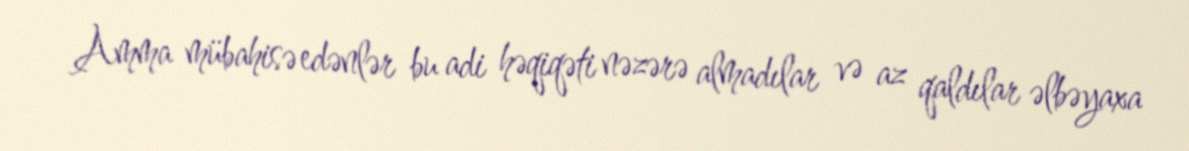
Amma mübahisə edənlər bu adi həqiqəti nəzərə almadılar və az qaldılar əlbəyaxa